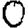
Digit: 0